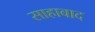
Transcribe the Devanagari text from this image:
साहाबाद